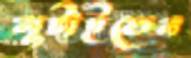
লুটাইতেন